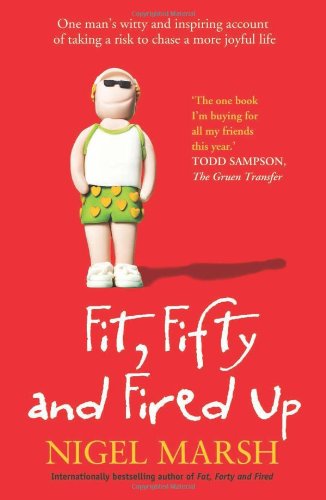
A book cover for Fit, Fifty and Fired Up; Nigel Marsh; Biographies & Memoirs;